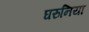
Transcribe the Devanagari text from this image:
घरुनिया